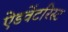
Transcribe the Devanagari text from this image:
ऐडवेंटरिस्ट